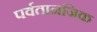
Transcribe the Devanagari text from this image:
पर्वतानजिक